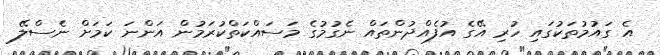
އެ ގައުމުތަކުގައި ހުރި އޭގެ އުފެއްދުންތައް ނެގުމުގެ މަސައްކަތްކުރަމުން އަންނަ ކަމަށް ނެސްލޭ